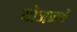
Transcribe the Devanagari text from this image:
योजनते